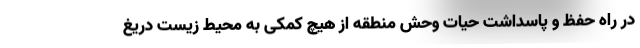
در راه حفظ و پاسداشت حیات وحش منطقه از هیچ کمکی به محیط زیست دریغ